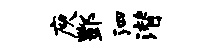
庾酆泗潜